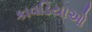
કાવડિયાઓ